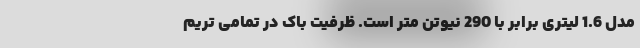
مدل 1.6 لیتری برابر با 290 نیوتن متر است. ظرفیت باک در تمامی تریم